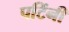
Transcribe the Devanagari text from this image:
पटिंनी